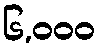
၆,၀၀၀